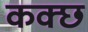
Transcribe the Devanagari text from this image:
कक्छ